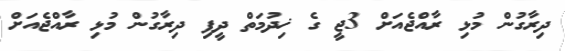
ދިރާގުން މުޅި ރާއްޖެއަށް 3ޖީ ގެ ޚިދުމަތް ދީފި ދިރާގުން މުޅި ރާއްޖެއަށް